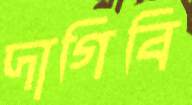
দাগিবি